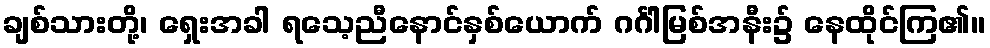
ချစ်သားတို့၊ ရှေးအခါ ရသေ့ညီနောင်နှစ်ယောက် ဂင်္ဂါမြစ်အနီး၌ နေထိုင်ကြ၏။